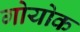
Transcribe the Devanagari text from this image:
गोयोक